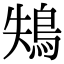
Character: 鴩